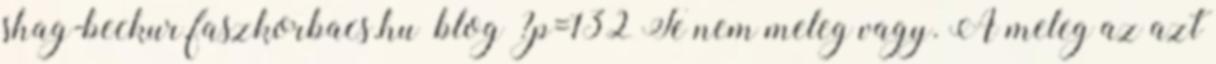
shag-beckur.faszkorbacs.hu blog ?p=132 Te nem meleg vagy. A meleg az azt